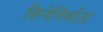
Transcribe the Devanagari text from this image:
सिनेनिर्माता